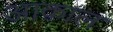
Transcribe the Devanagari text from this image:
आक़ाल